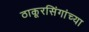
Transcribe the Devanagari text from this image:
ठाकूरसिंगांच्या